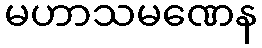
မဟာသမဏေန